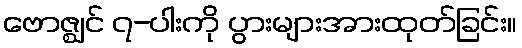
ဗောဇ္ဈင် ၇-ပါးကို ပွားများအားထုတ်ခြင်း။